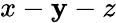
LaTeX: x-\mathbf{y}-z